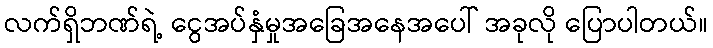
လက်ရှိဘဏ်ရဲ့ ငွေအပ်နှံမှုအခြေအနေအပေါ် အခုလို ပြောပါတယ်။